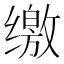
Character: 缴